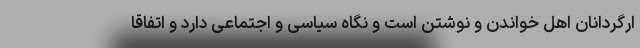
ارگردانان اهل خواندن و نوشتن است و نگاه سیاسی و اجتماعی دارد و اتفاقا